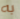
به